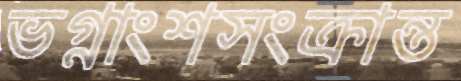
ভগ্নাংশসংক্রান্ত